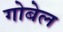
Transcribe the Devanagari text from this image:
गोबेल